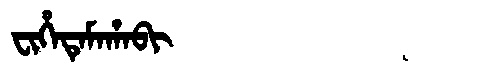
Manchu: ᠸᡳᡥᡝᡨᡝᠮᠠᡥᠠᠪᡳ
Romanization: FIHETEMAHABI